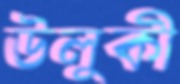
ঊলুকী